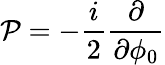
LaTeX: {\cal P}=-{\frac{i}{2}}{\frac{\partial}{\partial\phi_{0}}}